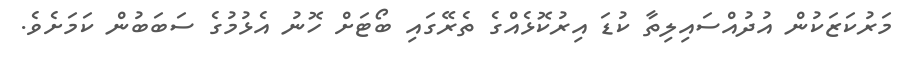
މަރުކަޒަކުން އުދުއްސައިލިތާ ކުޑަ އިރުކޮޅެއްގެ ތެރޭގައި ބޯޓަށް ހޮނު އެޅުމުގެ ސަބަބުން ކަމަށެވެ.